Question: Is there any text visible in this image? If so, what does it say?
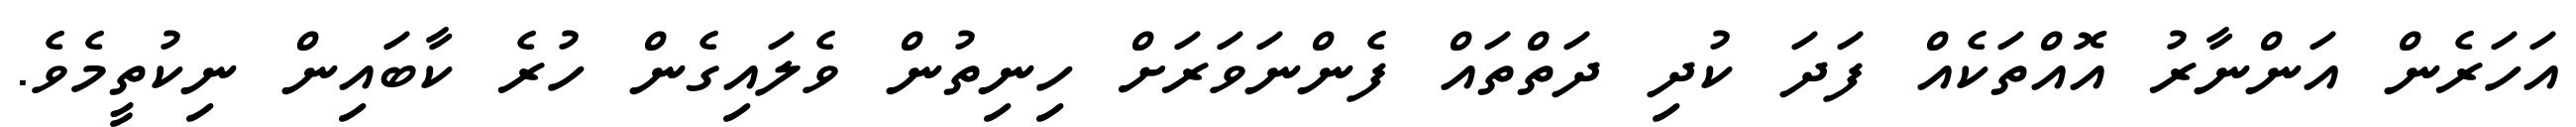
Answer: އަހަރެން އަންނާރު އޮއްތަކެއް ފަދަ ކުދި ދަތްތައް ފެންނަވަރަށް ހިނިތުން ވެލައިގެން ހުރެ ކާބައިން ނިކުތީމެވެ.